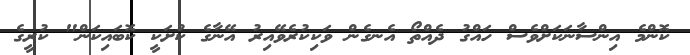
ކޮންމެ އިންސާނަކަށްވެސް ހައްގު ދެއްތޯ އެނގެން ވަކިކުރެވޭއިރު އޭނާގެ ކުށަކީ ކޮބައިކަން" ކުރީގެ